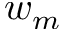
w _ { m }